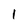
Character: 1